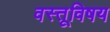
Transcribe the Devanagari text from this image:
वस्तूविषय